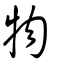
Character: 物